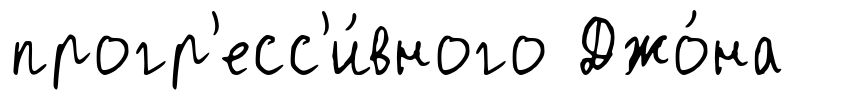
прогр'есс'и́вного Джо́на